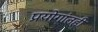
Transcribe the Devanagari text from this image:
प्रयोगांतही